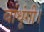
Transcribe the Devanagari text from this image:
बांधूंगी।